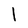
Character: l